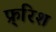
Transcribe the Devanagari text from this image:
फ्र्रिश